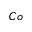
_ { C o }